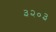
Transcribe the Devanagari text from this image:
३२०३